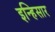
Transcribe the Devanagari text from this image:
इन्हिसार